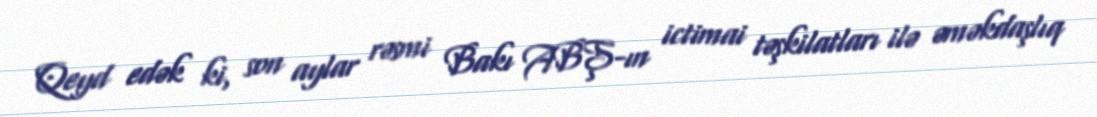
Qeyd edək ki, son aylar rəsmi Bakı ABŞ-ın ictimai təşkilatları ilə əməkdaşlıq